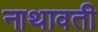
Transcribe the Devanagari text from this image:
नाथावती